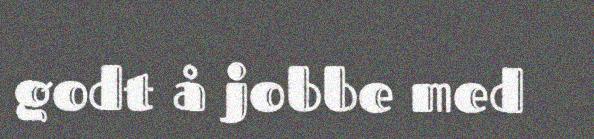
godt å jobbe med